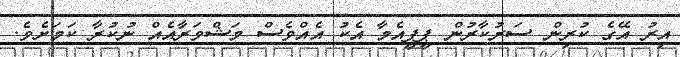
އިރު އޭގެ ކުރިން ސަރުކާރުން ޕީޕީއެމާ އެކު އެއްވެސް މަޝްވަރާއެއް ނުކުރާ ކަމަށެވެ.